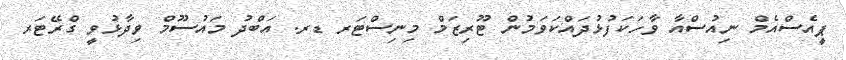
ޕީއެސްއެމް ނިއުސްއާ ވާހަކަފުޅުދައްކަވަމުން ޓޫރިޒަމް މިނިސްޓަރ ޑރ. އަބްދު މައުސޫމް ވިދާޅުވީ ގްރޭޓަރ